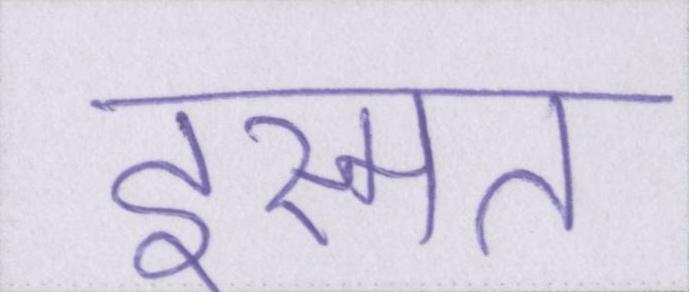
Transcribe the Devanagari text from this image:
इस्मत